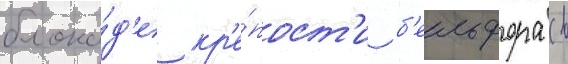
блока́д'е кр'е́пост'и б'ельфора (в